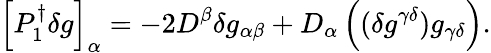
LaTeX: \left[P_{1}^{\dagger}\delta g\right]_{\alpha}=-2D^{\beta}\delta g_{\alpha\beta}+D_{\alpha}\left((\delta g^{\gamma\delta})g_{\gamma\delta}\right).